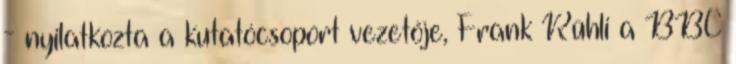
- nyilatkozta a kutatócsoport vezetője, Frank Rühli a BBC